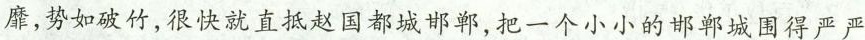
靡，势如破竹，很快就直抵赵国都城邯郸，把一个小小的邯郸城围得严严